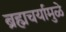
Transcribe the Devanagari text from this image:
ब्रह्मचर्यामुळे